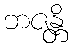
ဘဇန္တိ